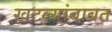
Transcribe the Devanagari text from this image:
खटल्यांबाबत